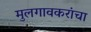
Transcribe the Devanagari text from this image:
मुलगावकरांचा